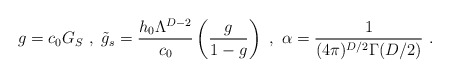
\begin{align*}g = c_0G_S\ ,\ \tilde{g}_s = \frac{h_0\Lambda^{D-2}}{c_0}\left(\frac{g}{1-g}\right)\ ,\ \alpha=\frac{1}{(4\pi)^{D/2}\Gamma(D/2)}\ .\end{align*}